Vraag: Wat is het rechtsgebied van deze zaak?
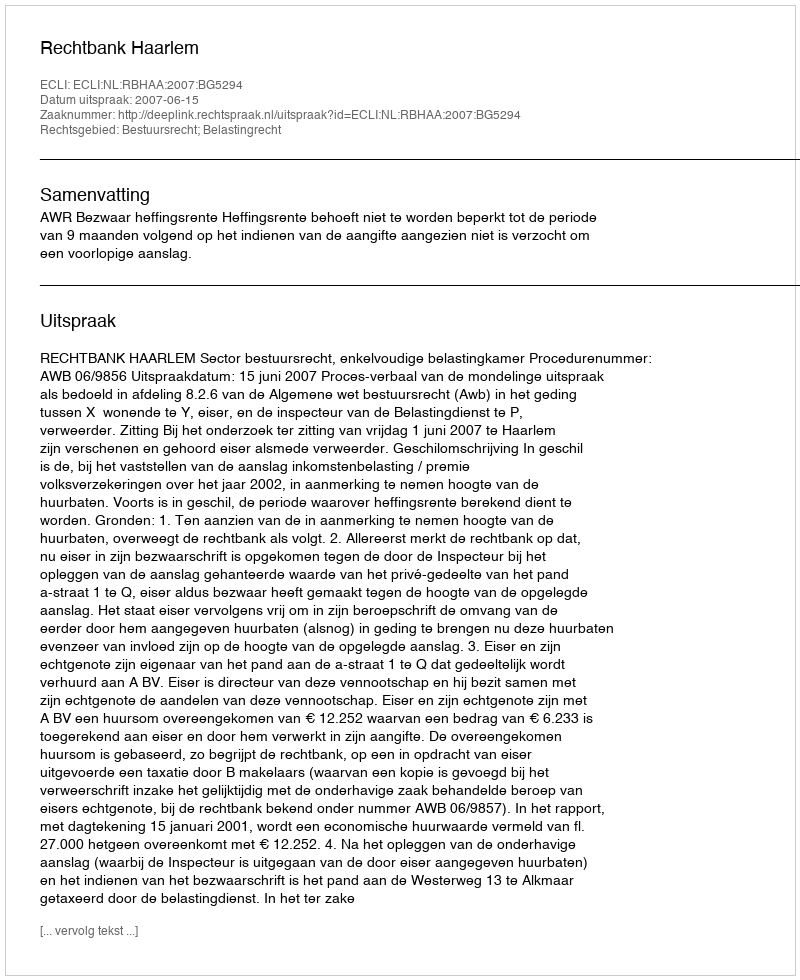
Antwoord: Bestuursrecht; Belastingrecht